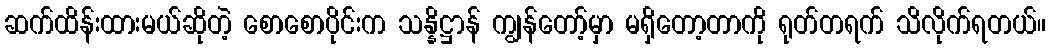
ဆက်ထိန်းထားမယ်ဆိုတဲ့ စောစောပိုင်းက သန္နိဋ္ဌာန် ကျွန်တော့်မှာ မရှိတော့တာကို ရုတ်တရက် သိလိုက်ရတယ်။